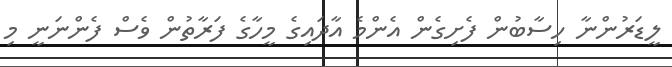
ލީޑަރުންނާ ހިސާބުން ފެށިގެން އެންމެ އާދައިގެ މީހާގެ ފަރާތުން ވެސް ފެންނަނީ މި